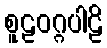
စူဠဝဂ္ဂပါဠိ